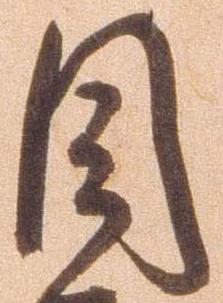
目